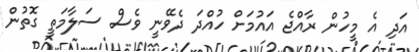
އަދި އެ މީހުން ރާއްޖެ އައުމަށް ހުއްދަ ދެވޭނީ ވެސް ސަލާމަތީ ގޮތުން